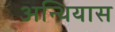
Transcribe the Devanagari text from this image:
अन्थियास